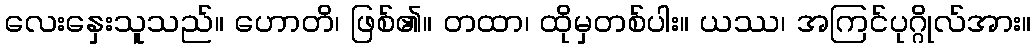
လေးနှေးသူသည်။ ဟောတိ၊ ဖြစ်၏။ တထာ၊ ထိုမှတစ်ပါး။ ယဿ၊ အကြင်ပုဂ္ဂိုလ်အား။